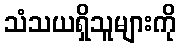
သံသယရှိသူများကို